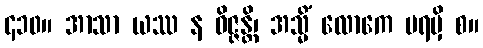
၄၁၀။ အာသာ ယဿ န ဝိဇ္ဇန္တိ၊ အသ္မိံ လောကေ ပရမှိ စ။